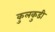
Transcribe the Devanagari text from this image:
कुलकुडी